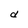
Character: d